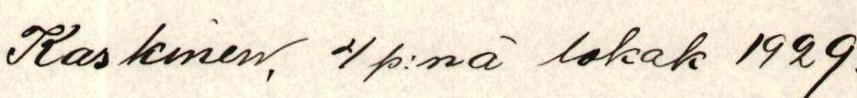
Kaskinen, 4 p:nä lokak 1929.